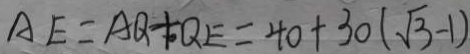
A E = A Q + Q E = 4 0 + 3 0 ( \sqrt { 3 } - 1 )